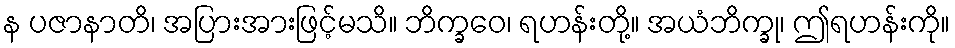
န ပဇာနာတိ၊ အပြားအားဖြင့်မသိ။ ဘိက္ခဝေ၊ ရဟန်းတို့။ အယံဘိက္ခု၊ ဤရဟန်းကို။